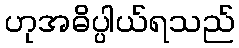
ဟုအဓိပ္ပါယ်ရသည်